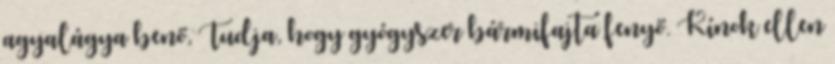
agyalágya benő, Tudja, hogy gyógyszer bármifajta fenyő. Kínok ellen